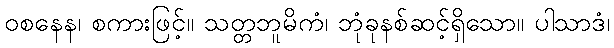
ဝစနေန၊ စကားဖြင့်။ သတ္တဘူမိကံ၊ ဘုံခုနစ်ဆင့်ရှိသော။ ပါသာဒံ၊